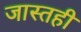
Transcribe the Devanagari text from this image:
जास्तही